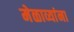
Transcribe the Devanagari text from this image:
मेळाव्यांना